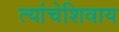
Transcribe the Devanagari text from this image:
त्यांचेशिवाय